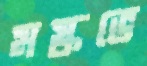
মস্কভে